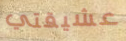
عشيقتي